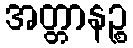
အတ္တာနဉ္စ